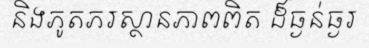
និងភូតភរស្ថានភាពពិត ដ៏ធ្ងន់ធ្ងរ